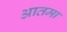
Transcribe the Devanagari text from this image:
आतमा